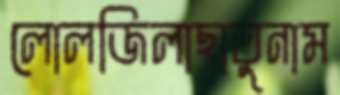
লোলজিলাছাতুনাম